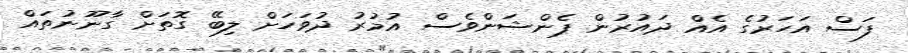
ފަސް އަހަރުގެ އެއް ދައުރުން ޕެންޝަންވެސް އުމުރު ދުވަހަށް ލިބޭ ގޮތަށް ގާނޫނުތައް